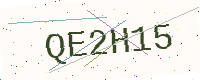
Text: QE2H15